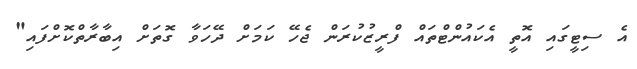
އެ ސިޓީގައި އޮތީ އެކައުންޓްތައް ފްރީޒުކުރަން ޖެހޭ ކަމަށް ދޭހަވާ ގޮތަށް އިބާރާތްކޮށްފައި"